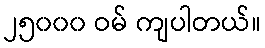
၂၅၀၀၀ ဝမ် ကျပါတယ်။